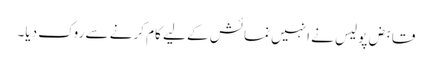
قابض پولیس نے انہیں نمائش کے لیے کام کرنے سے روک دیا۔